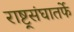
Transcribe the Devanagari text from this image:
राष्ट्र्रसंघातर्फे